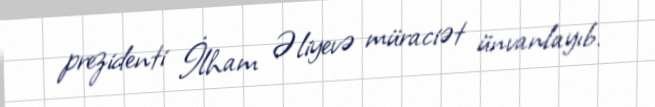
prezidenti İlham Əliyevə müraciət ünvanlayıb.